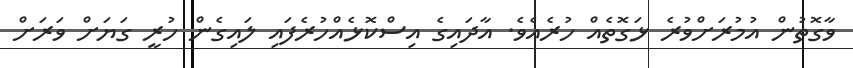
ވާގޮތުން އުމުރަށްވުރެ ޅަގޮތެއް ހުރެއެވެ. އާދައިގެ އިސްކޮޅެއްހުރެފައި ލައިގެން ހުރީ ގަޔަށް ވަރަށް